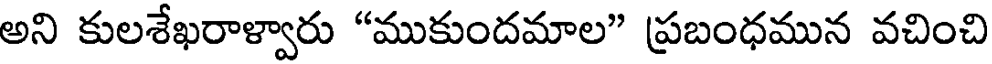
అని కులశేఖరాళ్వారు "ముకుందమాల" ప్రబంధమున వచించి